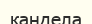
кандела